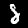
Digit: 8